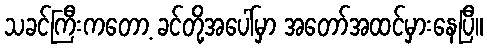
သခင်ကြီးကတော့ ခင်တို့အပေါ်မှာ အတော်အထင်မှားနေပြီ။